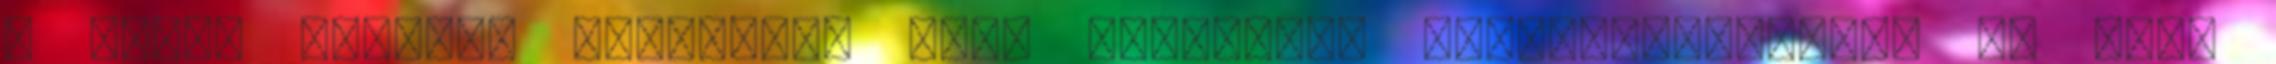
a lakók szerint amellett, hogy rendkívül balesetveszélyes és nagy